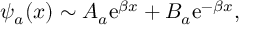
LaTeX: \psi _ { a } ( x ) \sim A _ { a } \mathrm { e } ^ { \beta x } + B _ { a } \mathrm { e } ^ { - \beta x } ,